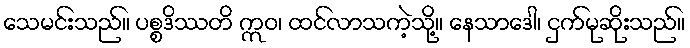
သေမင်းသည်။ ပစ္စဒိဿတိ ဣဝ၊ ထင်လာသကဲ့သို့။ နေသာဒေါ၊ ငှက်မုဆိုးသည်။